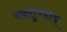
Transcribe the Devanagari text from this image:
वक़तुण्डाय